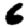
Digit: 6